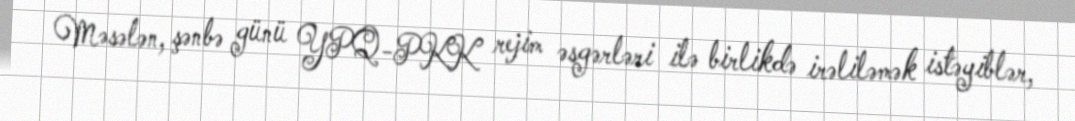
Məsələn, şənbə günü YPQ-PKK rejim əsgərləri ilə birlikdə irəliləmək istəyiblər,